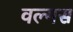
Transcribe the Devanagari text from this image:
वल्गस